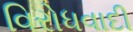
વિરોધવાદી